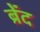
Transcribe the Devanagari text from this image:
ब्रेंद